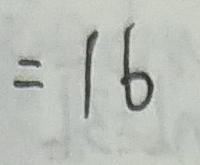
= 1 6